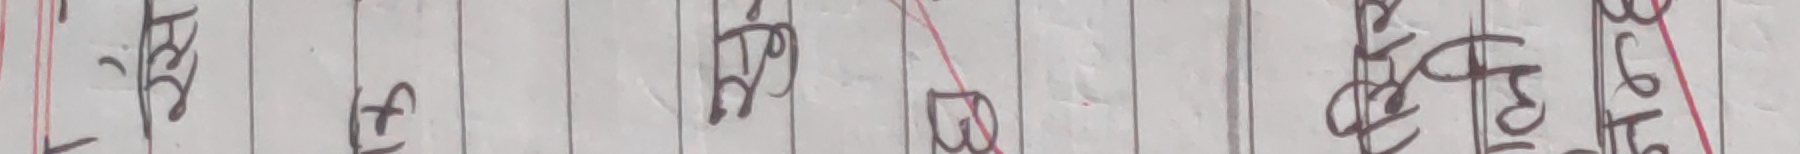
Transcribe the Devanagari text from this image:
ज्या त्रि बु १ फ ३ ६